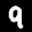
Label: 9